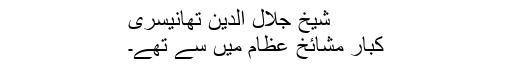
شیخ جلال الدین تھانیسری
کبار مشائخ عظام میں سے تھے۔